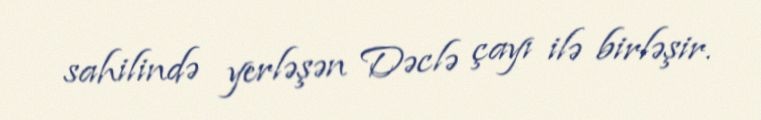
sahilində yerləşən Dəclə çayı ilə birləşir.